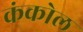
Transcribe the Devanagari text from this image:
कंकोल